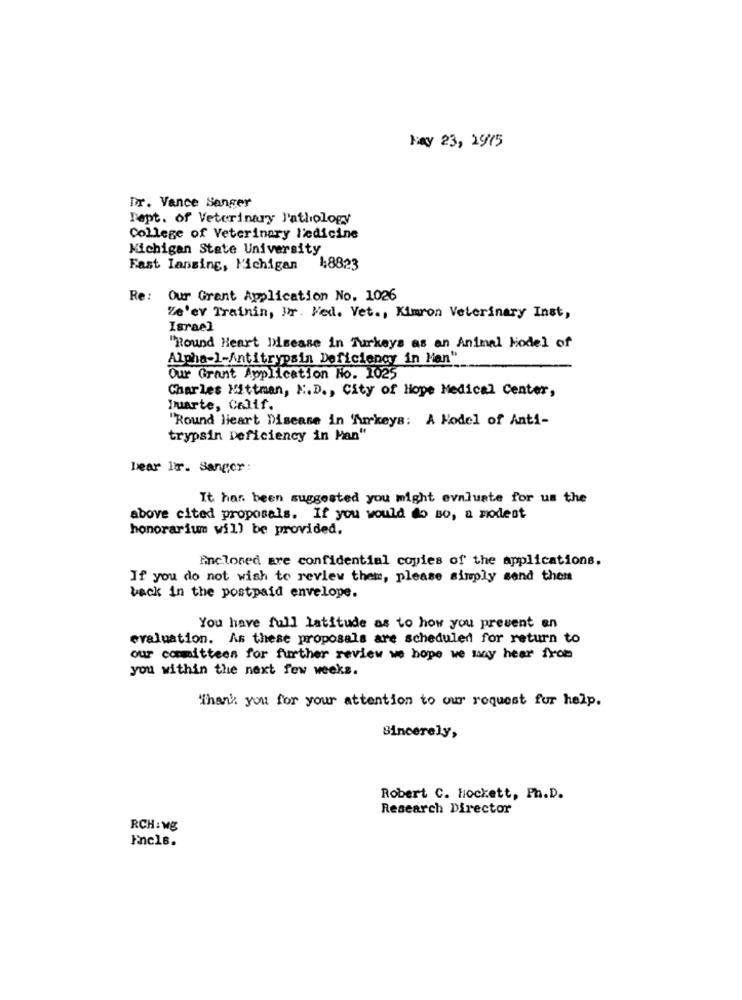
May 23, 29/15
Dr. Vance Sanger
Dept. of Veterinary J'athology
College of Veterinary Medicine
Michigan State University
Fast Iansing, Michigan
18823
Re: Our Grant Application No. 1026
Ze'er Trainin, Jr. Med. Vet ., Kimron Veterinary Inst,
Israel
"Round Heart Disease in Turkeys as an Animal Model of
Alpha-1-Antitrypsin Deficiency in Han"
Our Grant Application No. 1025
Charles Mittman, M.D ., City of Hope Medical Center,
Duarte, Calif.
"Round Heart Disease in Arkeys: A Model of Anti-
trypsin Deficiency in Man"
bear Ir. Sanger:
It har been suggested you might evaluate for us the
above cited proposals. If you would do so, a modest
honorarium will be provided.
Enclosed are confidential copies of the applications.
If you do not wish to review them, please simply send them
back in the postpaid envelope.
You have full latitude as to how you prevent en
evaluation. As these proposals are scheduled for return to
our committees for further review we hope we may hear from
you within the next few weeks.
Thank you for your attention to our roquest for help.
Sincerely,
Robert C. Hockett, Ph.D.
Research Director
RCH: wg
Encls.